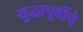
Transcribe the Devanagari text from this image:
युद्धापूर्वीचे